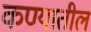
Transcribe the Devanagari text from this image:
कण्यातील